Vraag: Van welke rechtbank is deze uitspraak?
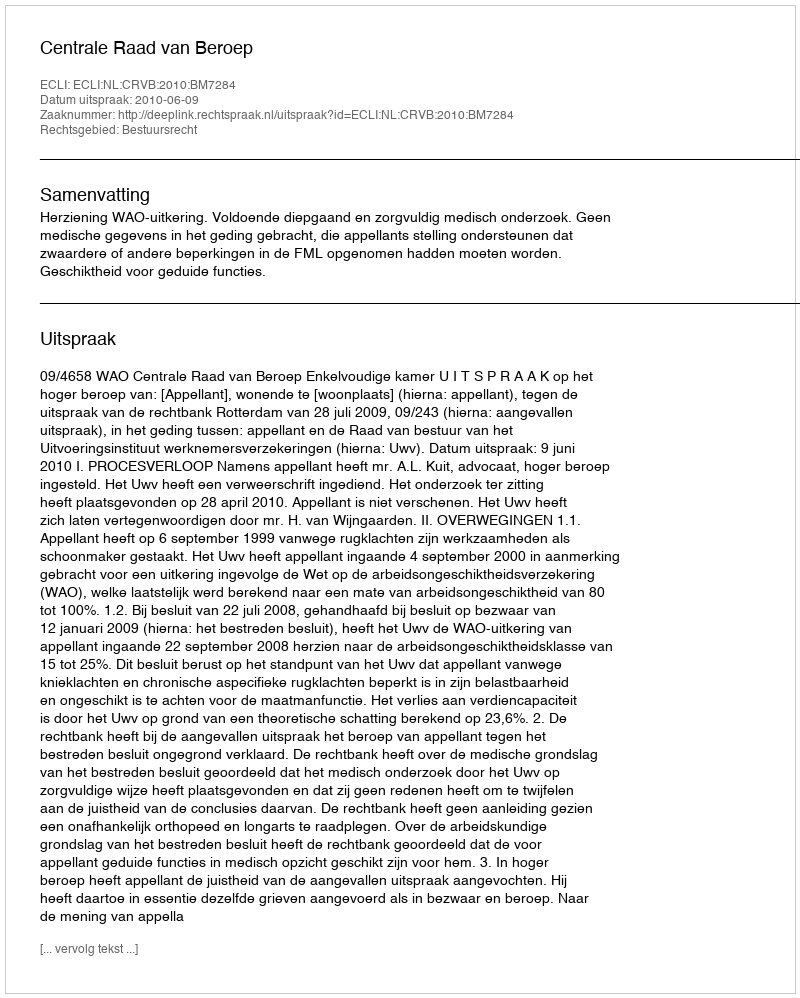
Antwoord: Centrale Raad van Beroep